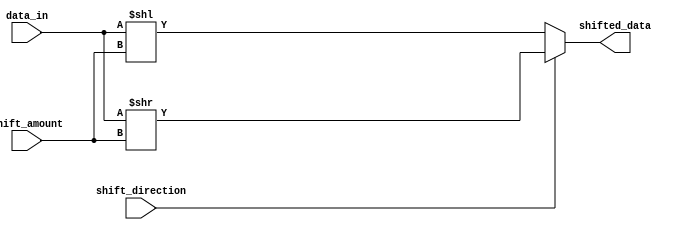
module hybrid_barrel_shifter (
    input [7:0] data_in,
    input [2:0] shift_amount,
    input shift_direction,
    output reg [7:0] shifted_data
);

reg [7:0] temp_data;

always @(*) begin
    if (shift_direction == 1) begin // right shift
        temp_data = data_in >> shift_amount;
    end else begin // left shift
        temp_data = data_in << shift_amount;
    end
    
    shifted_data = temp_data;
end

endmodule